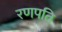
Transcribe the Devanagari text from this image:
रणपति